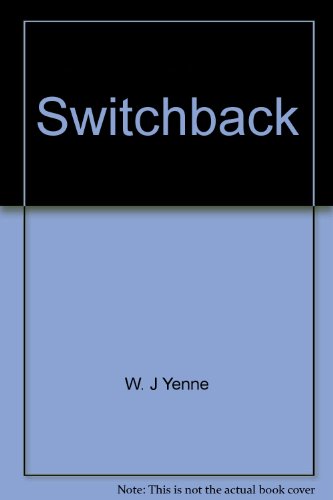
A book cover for Switchback: Bill Yenne's 50 years in the mountains of Montana and the west; W. J Yenne; Travel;